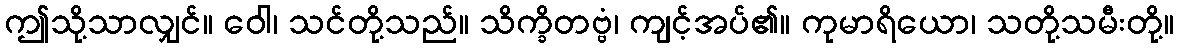
ဤသို့သာလျှင်။ ဝေါ၊ သင်တို့သည်။ သိက္ခိတဗ္ဗံ၊ ကျင့်အပ်၏။ ကုမာရိယော၊ သတို့သမီးတို့။